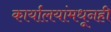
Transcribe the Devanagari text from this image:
कार्यालयांमधूनही